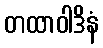
တထာဝါဒိနံ